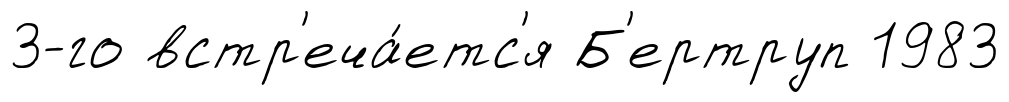
3-го встр'еча́етс'я Б'ертруп 1983